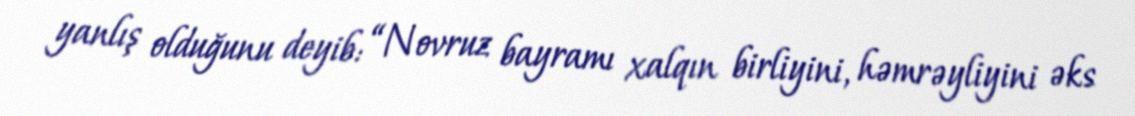
yanlış olduğunu deyib: “Novruz bayramı xalqın birliyini, həmrəyliyini əks